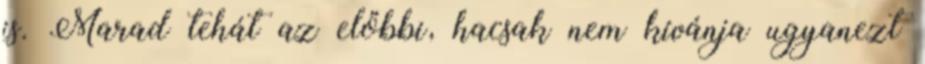
is. Marad tehát az előbbi, hacsak nem kívánja ugyanezt